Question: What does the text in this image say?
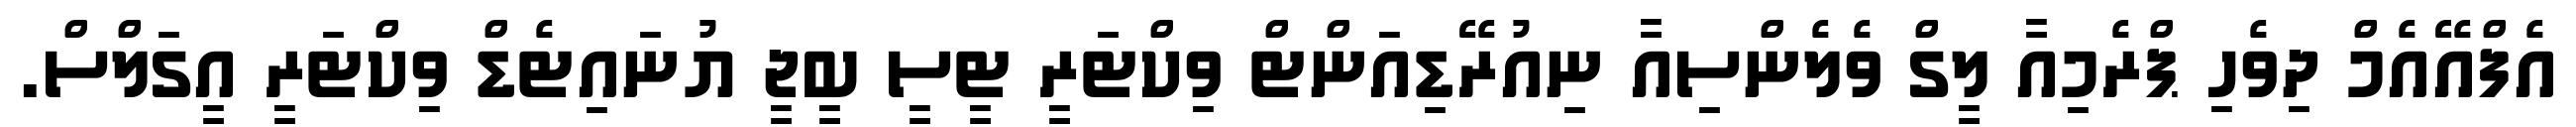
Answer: އެފްއޭއެމް ދިވެހި ޕްރެމިއާ ލީގް ވެލެންސިއާ ނިއުރޭޑިއަންޓް ވިކްޓަރީ ޓީސީ ބީޖީ ޔުނައިޓެޑް ވިކްޓަރީ އީގަލްސް.